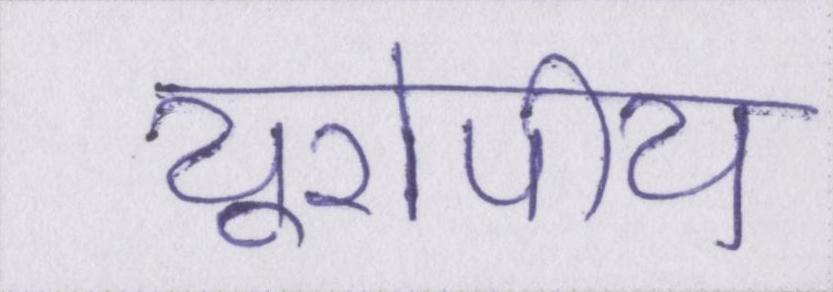
यूरोपीय